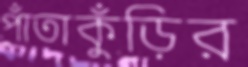
পাঁতাকুঁড়ির